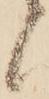
候